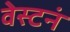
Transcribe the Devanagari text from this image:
वेस्टनं